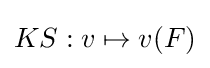
KS:v\mapsto v(F)